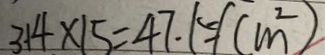
3 1 4 \times 1 5 = 4 7 . 1 5 ( c m ^ { 2 } )